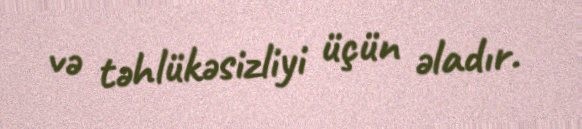
və təhlükəsizliyi üçün əladır.